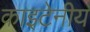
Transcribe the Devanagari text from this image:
काइटेनीय